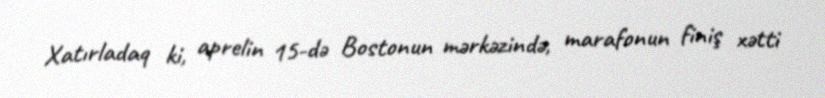
Xatırladaq ki, aprelin 15-də Bostonun mərkəzində, marafonun finiş xətti